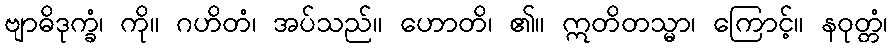
ဗျာဓိဒုက္ခံ၊ ကို။ ဂဟိတံ၊ အပ်သည်။ ဟောတိ၊ ၏။ ဣတိတသ္မာ၊ ကြောင့်။ နဝုတ္တံ၊